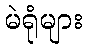
မဲရုံများ